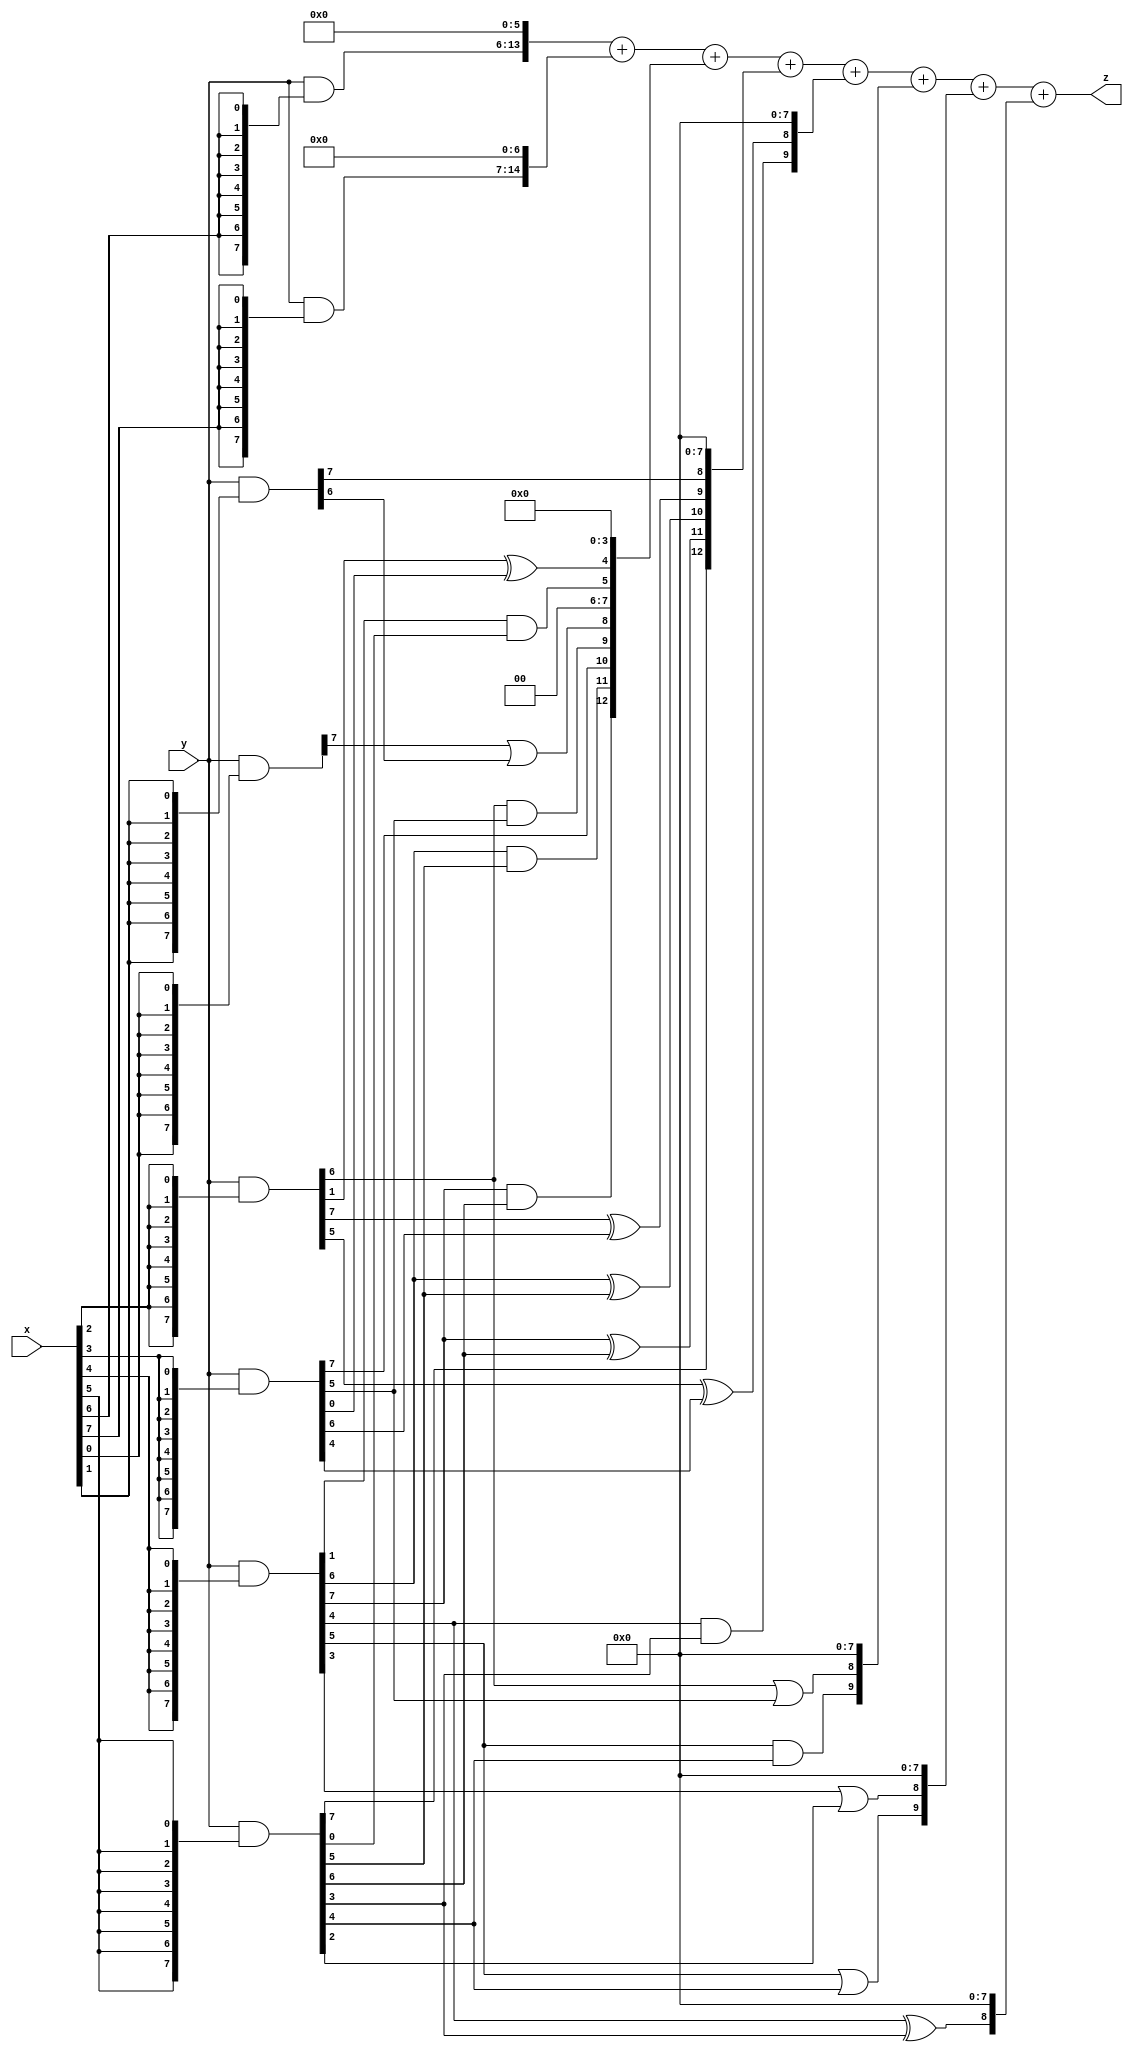
module LeNet_XFYW_15 (
    input  [7:0]  x,
    input  [7:0]  y,
    output [15:0] z
);


wire [7:0] part1 =  y & {8{x[0]}};
wire [7:0] part2 = (y & {8{x[1]}});
wire [7:0] part3 = (y & {8{x[2]}});
wire [7:0] part4 = (y & {8{x[3]}});

wire [7:0] part5 = (y & {8{x[4]}});
wire [7:0] part6 = (y & {8{x[5]}});
wire [7:0] part7 = (y & {8{x[6]}});
wire [7:0] part8 = (y & {8{x[7]}});

wire [12:0] new_part1;
wire [12:0] new_part2;
wire [12:0] new_part3;
wire [12:0] new_part4;
wire [12:0] new_part5;
wire [12:0] new_part6;

assign new_part1[0] = 0;
assign new_part1[1] = 0;
assign new_part1[2] = 0;
assign new_part1[3] = 0;
assign new_part1[4] = part3[1]^part4[0];
assign new_part1[5] = part5[1]&part6[0];
assign new_part1[6] = 0;
assign new_part1[7] = 0;
assign new_part1[8] = part1[7]|part2[6];
assign new_part1[9] = part3[6]&part4[5];
assign new_part1[10] = part4[7];
assign new_part1[11] = part5[6]&part6[5];
assign new_part1[12] = part5[7]&part6[6];

assign new_part2[0] = 0;
assign new_part2[1] = 0;
assign new_part2[2] = 0;
assign new_part2[3] = 0;
assign new_part2[4] = 0;
assign new_part2[5] = 0;
assign new_part2[6] = 0;
assign new_part2[7] = 0;
assign new_part2[8] = part2[7];
assign new_part2[9] = part3[7]^part4[6];
assign new_part2[10] = part5[6]^part6[5];
assign new_part2[11] = part5[7]^part6[6];
assign new_part2[12] = part6[7];

assign new_part3[0] = 0;
assign new_part3[1] = 0;
assign new_part3[2] = 0;
assign new_part3[3] = 0;
assign new_part3[4] = 0;
assign new_part3[5] = 0;
assign new_part3[6] = 0;
assign new_part3[7] = 0;
assign new_part3[8] = part3[5]^part4[4];
assign new_part3[9] = part5[4]&part6[3];
assign new_part3[10] = 0;
assign new_part3[11] = 0;
assign new_part3[12] = 0;

assign new_part4[0] = 0;
assign new_part4[1] = 0;
assign new_part4[2] = 0;
assign new_part4[3] = 0;
assign new_part4[4] = 0;
assign new_part4[5] = 0;
assign new_part4[6] = 0;
assign new_part4[7] = 0;
assign new_part4[8] = part3[6]|part4[5];
assign new_part4[9] = part5[5]&part6[4];
assign new_part4[10] = 0;
assign new_part4[11] = 0;
assign new_part4[12] = 0;

assign new_part5[0] = 0;
assign new_part5[1] = 0;
assign new_part5[2] = 0;
assign new_part5[3] = 0;
assign new_part5[4] = 0;
assign new_part5[5] = 0;
assign new_part5[6] = 0;
assign new_part5[7] = 0;
assign new_part5[8] = part5[3]|part6[2];
assign new_part5[9] = part5[5]|part6[4];
assign new_part5[10] = 0;
assign new_part5[11] = 0;
assign new_part5[12] = 0;

assign new_part6[0] = 0;
assign new_part6[1] = 0;
assign new_part6[2] = 0;
assign new_part6[3] = 0;
assign new_part6[4] = 0;
assign new_part6[5] = 0;
assign new_part6[6] = 0;
assign new_part6[7] = 0;
assign new_part6[8] = part5[4]^part6[3];
assign new_part6[9] = 0;
assign new_part6[10] = 0;
assign new_part6[11] = 0;
assign new_part6[12] = 0;

assign z = {part7, 6'b0} + {part8, 7'b0} + new_part1 + new_part2 + new_part3 + new_part4 + new_part5 + new_part6;

endmodule